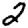
Digit: 2